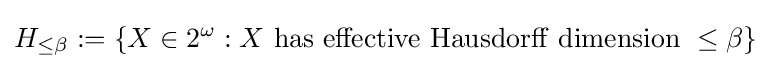
H_{\leq \beta }:=\{X\in 2^{\omega }:X\ \mathrm {has\ effective\ Hausdorff\ dimension\ } \leq \beta \}